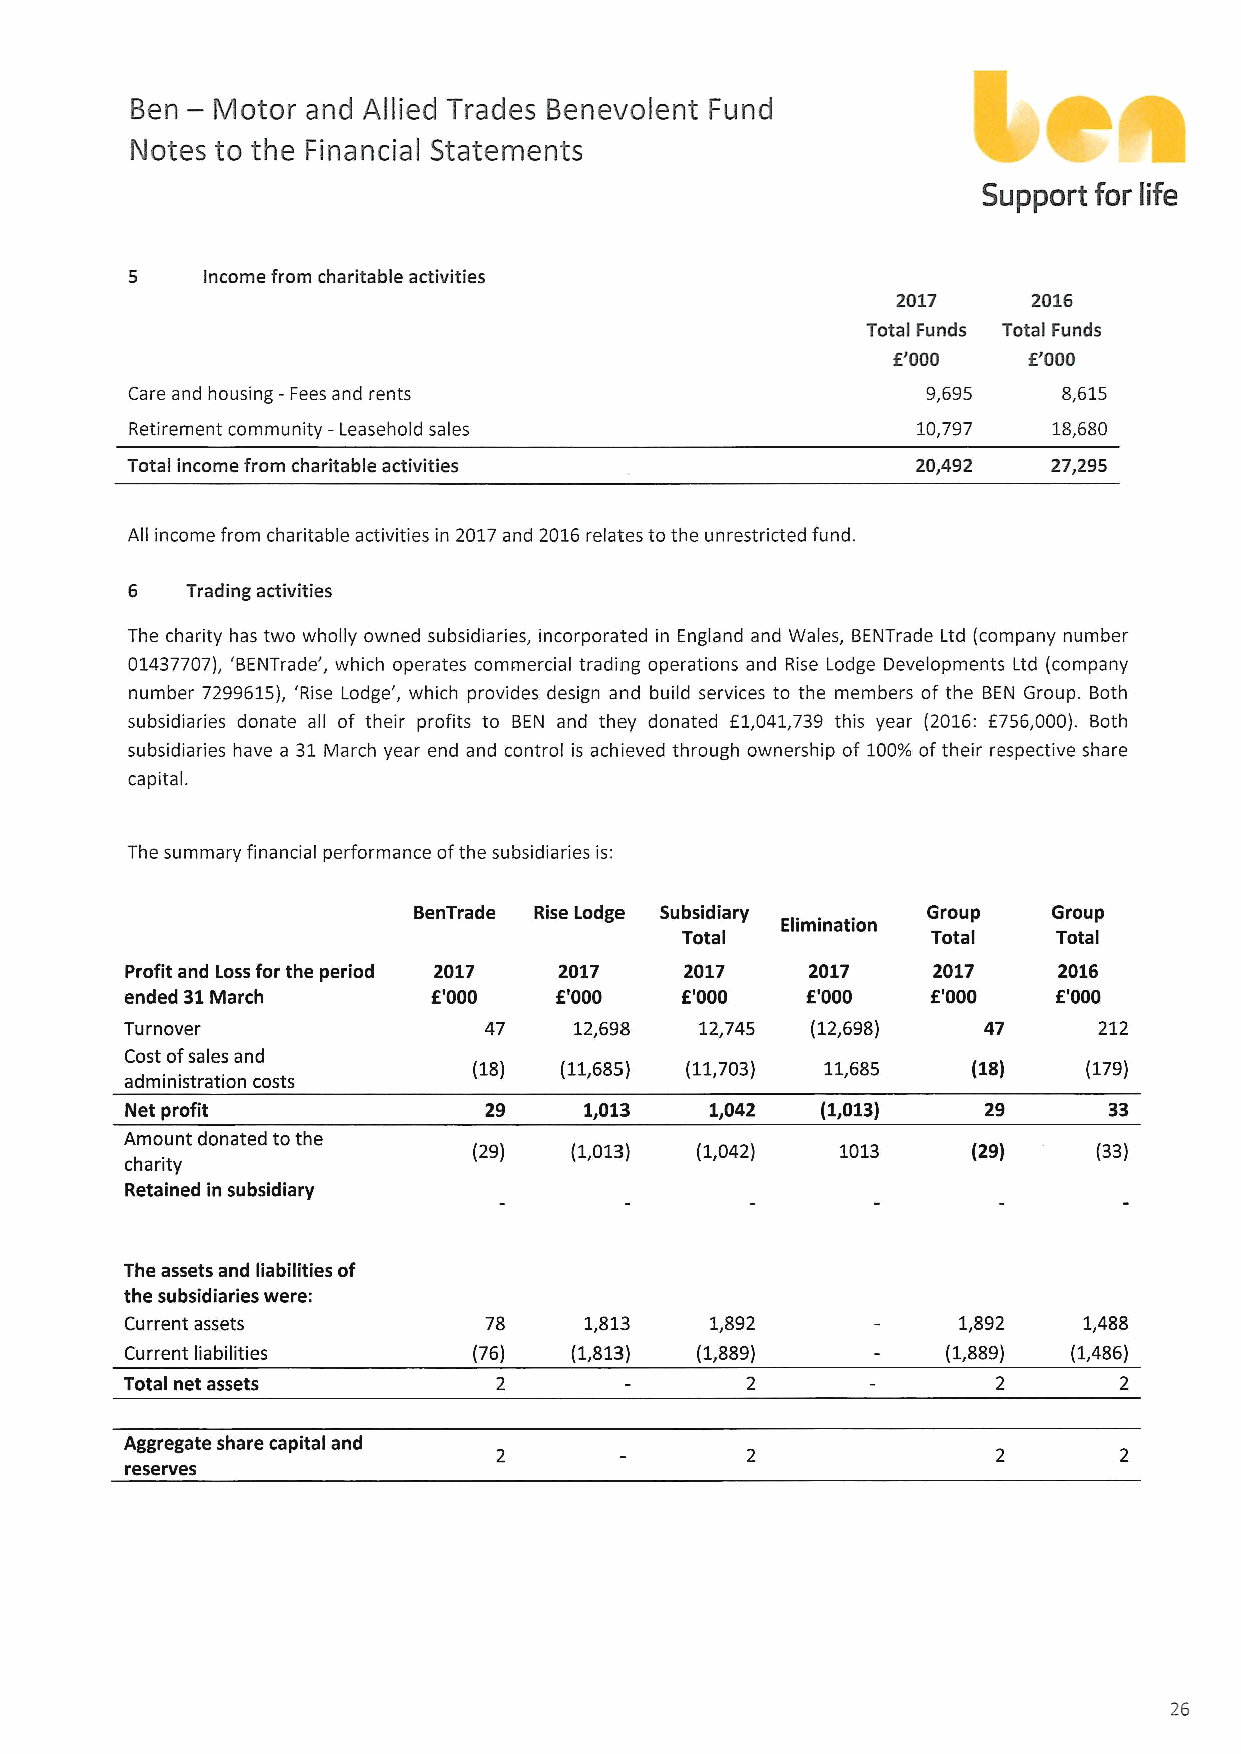
—
 Ben  Motor and Allied Trades Benevolent Fund
 Notes to the Financial Statements
 Support for life
 5   Income from charitable activities
 2017     2016
 Total Funds Total Funds
 f'000    f'000
 Care and housing —Fees and rents                    9,695    8,615
 Retirement community —Leasehold sales               10,797   18,680
 Total income from charitable activities              20,492   27,295
 All income from charitable activities in 2017and 2016relates to the unrestricted fund.
 6   Trading activities
 The charity has two wholly owned subsidiaries, incorporated in England and Wales, BENTrade Ltd (company number
 01437707), 'BENTrade', which operates commercial trading operations and Rise Lodge Developments Ltd (company
 number 7299615), 'Rise Lodge', which provides design and build services to the members of the BEN Group. Both
 subsidiaries donate all of their profits to BEN and they donated f1,041,739 this year (2016: f756,000). Both
 subsidiaries have a 31March year end and control is achieved through ownership of 100%oftheir respective share
 capital.
 The summary financial performance ofthe subsidiaries is:
 BenTrade Rise Lodge Subsidiary    Group    Group
 Elimination
 Total            Total   Total
 Profit and Loss for the period 2017 2017 2017 2017    2017    2016
 ended 31March        f'000   f'000   f'000   f'000    f'000   f'000
 Turnover                47    12,698  12,745  (12,698)   47      212
 Cost ofsales and
 (18)  (11,685) (11,703) 11,685   (18)    (179)
 administration costs
 Net profit              29     1,013   1,042  (1,013)
 Amount donated to the
 (29)   (1,013) (1,042)   1013    (29)     (33)
 charity
 Retained in subsidiary
 The assets and liabilities of
 the subsidiaries were:
 Current assets          78     1,813   1,892           1,892    1,488
 Current liabilities    (76)   (1,813) (1,889)          (1,889) (1,486)
 Total net assets                                          2       2
 Aggregate share capital and
 reserves
 26